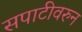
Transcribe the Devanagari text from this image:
सपाटीवरुन